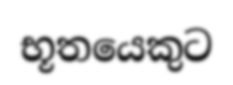
භූතයෙකුට